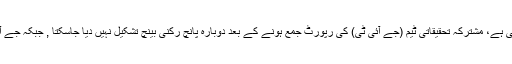
درخواستوں میں موقف اختیار کیا گیا تھا کہ پاناما کیس کا فیصلہ قانون کے خلاف اور حقائق کے منافی ہے، مشترکہ تحقیقاتی ٹیم (جے آئی ٹی) کی رپورٹ جمع ہونے کے بعد دوبارہ پانچ رکنی بینچ تشکیل نہیں دیا جاسکتا , جبکہ جے آئی ٹی کی تشکیل اور تعریف درخواست گزار کے بنیادی حقوق اور شفاف ٹرائل کی خلاف ورزی ہے۔